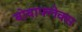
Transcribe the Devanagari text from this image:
बोबाफ्लेक्स